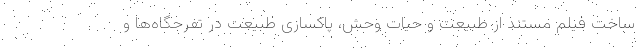
ساخت فیلم مستند از طبیعت و حیات وحش، پاکسازی طبیعت در تفرجگاه‌ها و